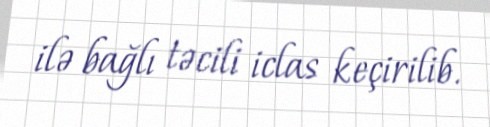
ilə bağlı təcili iclas keçirilib.